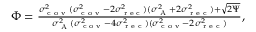
\begin{array} { r } { \Phi = \frac { \sigma _ { \textrm { c o v } } ^ { 2 } ( \sigma _ { \textrm { c o v } } ^ { 2 } - 2 \sigma _ { \textrm { r e c } } ^ { 2 } ) ( \sigma _ { \textrm { A } } ^ { 2 } + 2 \sigma _ { \textrm { r e c } } ^ { 2 } ) + \sqrt { 2 \Psi } } { \sigma _ { \textrm { A } } ^ { 2 } ( \sigma _ { \textrm { c o v } } ^ { 2 } - 4 \sigma _ { \textrm { r e c } } ^ { 2 } ) ( \sigma _ { \textrm { c o v } } ^ { 2 } - 2 \sigma _ { \textrm { r e c } } ^ { 2 } ) } , } \end{array}